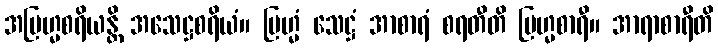
အဗြဟ္မစရိယန္တိ အသေဋ္ဌစရိယံ။ ဗြဟ္မံ သေဋ္ဌံ အာစာရံ စရတီတိ ဗြဟ္မစာရီ။ အာရာစာရီတိ